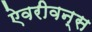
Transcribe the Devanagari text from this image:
ऐवरीवन्स